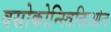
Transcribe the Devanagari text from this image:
वसोकोन्स्त्रिक्तिओन